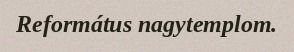
Református nagytemplom.